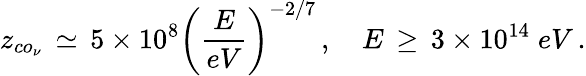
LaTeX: z_{co_{\nu}}\, \simeq\, 5\times 10^{8}\bigg(\frac{E}{eV}\bigg)^{-2/7}\, ,\quad E\, \geq\, 3\times 10^{14}\; eV\, .